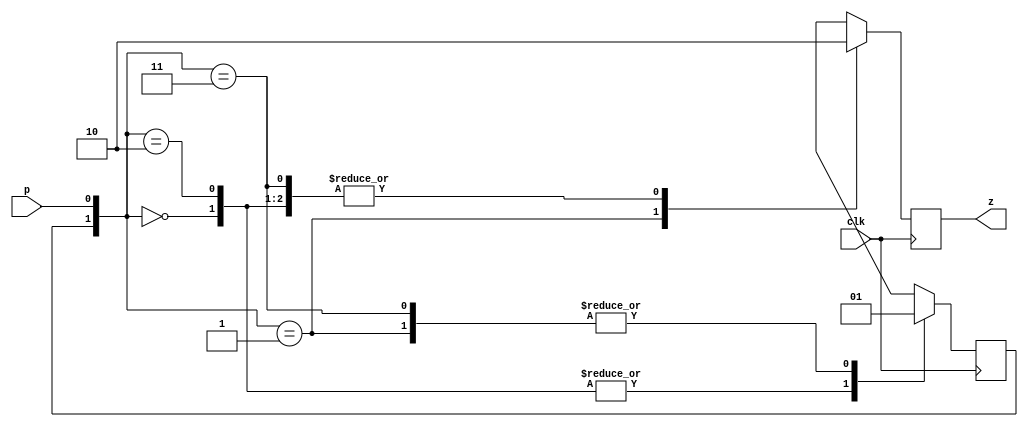
`timescale 1ns / 1ps
//////////////////////////////////////////////////////////////////////////////////
// Company: 
// Engineer: 
// 
// Design Name: 
// Module Name: singlePulser
// Project Name: 
// Target Devices: 
// Tool Versions: 
// Description: 
// 
// Dependencies: 
// 
// Revision:
// Revision 0.01 - File Created
// Additional Comments:
// 
//////////////////////////////////////////////////////////////////////////////////


module singlePulser(
    output reg z,
    input p,
    input clk
    );
    reg q = 0;
    always @(posedge clk) begin
        case({q,p})
            2'b00: begin q = 0; z=0; end
            2'b01: begin q = 1; z=1; end
            2'b10: begin q = 0; z=0; end
            2'b11: begin q = 1; z=0; end
        endcase
    end
endmodule